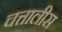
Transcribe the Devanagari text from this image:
चत्तालीस